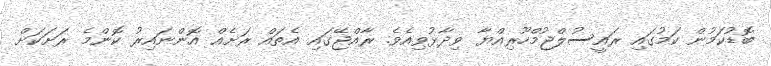
ބޮޑުކަމުން ކަމުގައި ރައީސުލްޖުމްހޫރިއްޔާ ވިދާޅުވިއެވެ. ރާއްޖޭގައި އެތައް ރަށެއް އޮންނައިރު ކޮންމެ ރަށަކަށް